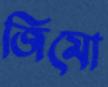
জিমো